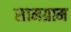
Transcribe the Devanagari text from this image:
सामग्राम